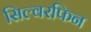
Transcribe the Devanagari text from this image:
सिल्वरफिन